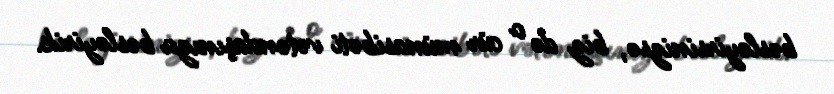
bəsləyirsinizsə, biz də o cür münasibəti vətəndaşınıza bəsləyirik.